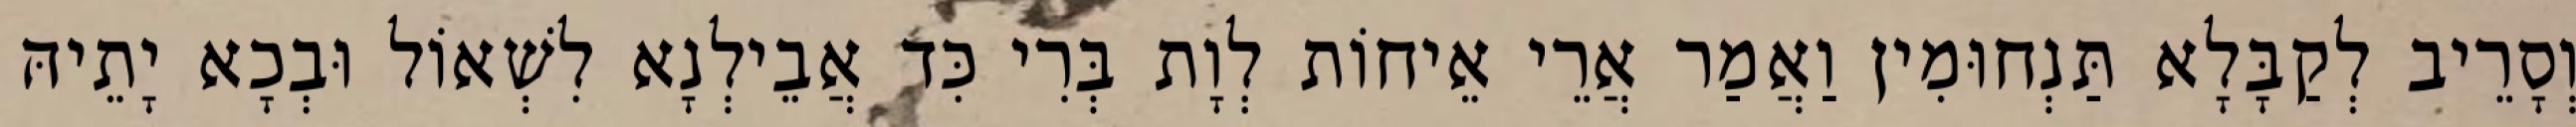
וְסָרֵיב לְקַבָּלָא תַּנְחוּמִין וַאֲמַר אֲרֵי אֵיחוֹת לְוָת בְּרִי כִּד אֲבֵילְנָא לִשְׁאוֹל וּבְכָא יָתֵיהּ